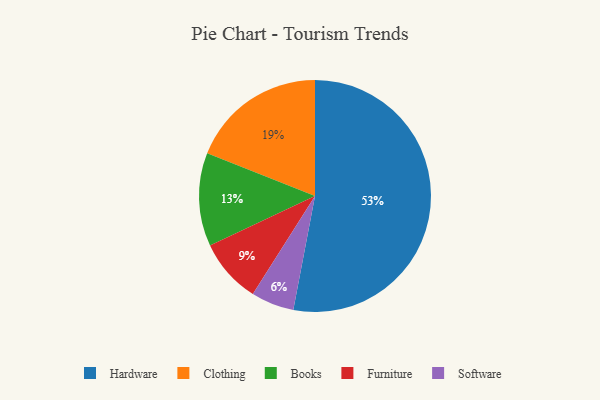
{"axis": {"x": "Category", "y": "Percentage"}, "legend": ["Books", "Clothing", "Furniture", "Hardware", "Software"], "data": [{"x": "Furniture", "y": 9, "type": "Furniture"}, {"x": "Software", "y": 6, "type": "Software"}, {"x": "Clothing", "y": 19, "type": "Clothing"}, {"x": "Books", "y": 13, "type": "Books"}, {"x": "Hardware", "y": 53, "type": "Hardware"}]}